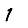
Digit: 1